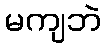
မကျဘဲ